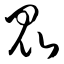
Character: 昆